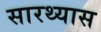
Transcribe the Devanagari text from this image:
सारथ्यास